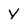
Character: y